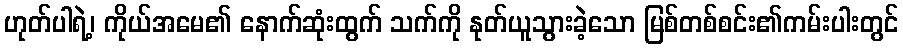
ဟုတ်ပါရဲ့၊ ကိုယ်အမေ၏ နောက်ဆုံးထွက် သက်ကို နုတ်ယူသွားခဲ့သော မြစ်တစ်စင်း၏ကမ်းပါးတွင်